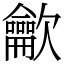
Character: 龡